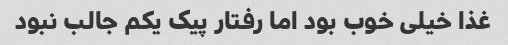
غذا خیلی خوب بود اما رفتار پیک یکم جالب نبود